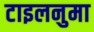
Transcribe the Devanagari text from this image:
टाइलनुमा